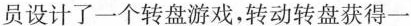
员设计了一个转盘游戏，转动转盘获得一